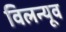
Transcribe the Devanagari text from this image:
विलन्यूव